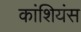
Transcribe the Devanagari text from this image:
कांशियंस